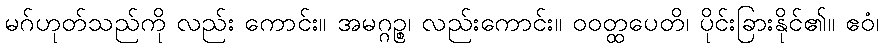
မဂ်ဟုတ်သည်ကို လည်း ကောင်း။ အမဂ္ဂဉ္စ၊ လည်းကောင်း။ ဝဝတ္ထပေတိ၊ ပိုင်းခြားနိုင်၏။ ဧဝံ၊